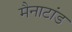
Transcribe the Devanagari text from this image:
मैनाटांड